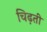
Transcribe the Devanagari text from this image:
चिढ़ती